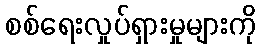
စစ်ရေးလှုပ်ရှားမှုများကို